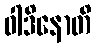
ဝါဒိနောတိ